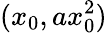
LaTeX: (x_{0},ax_{0}^{2})